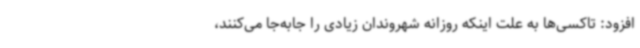
افزود: تاکسی‌ها به علت اینکه روزانه شهروندان زیادی را جابه‌جا می‌کنند،